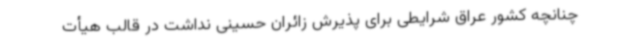
چنانچه کشور عراق شرایطی برای پذیرش زائران حسینی نداشت در قالب هیأت